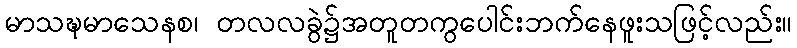
မာသဍ္ဎမာသေနစ၊ တလလခွဲ၌အတူတကွပေါင်းဘက်နေဖူးသဖြင့်လည်း။